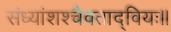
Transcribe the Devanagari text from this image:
संध्यांशश्चैवताद्वियः॥